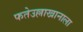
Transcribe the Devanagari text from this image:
फतेउल्लाखानाला